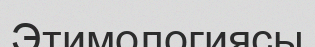
Этимологиясы